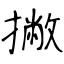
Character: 撇